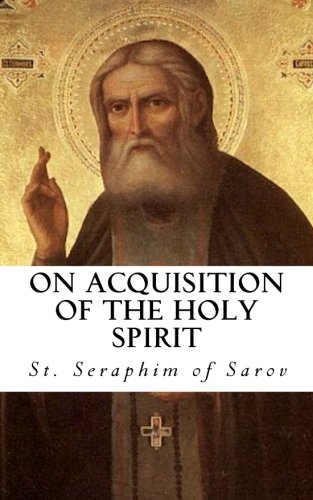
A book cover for On Acquisition of the Holy Spirit; St. Seraphim of Sarov; Christian Books & Bibles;